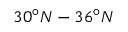
3 0 ^ { \circ } N - 3 6 ^ { \circ } N